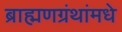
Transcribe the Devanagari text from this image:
ब्राह्मणग्रंथांमधे